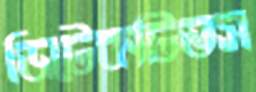
ডিটেকটিভস